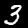
Label: 3